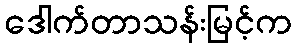
ဒေါက်တာသန်းမြင့်က